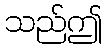
သည်ဤ